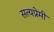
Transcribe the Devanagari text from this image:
सत्यप्रेमी